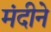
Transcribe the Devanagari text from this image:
मंदीने